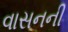
વાસનની